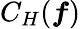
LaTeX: C_{H}(\boldsymbol{f})